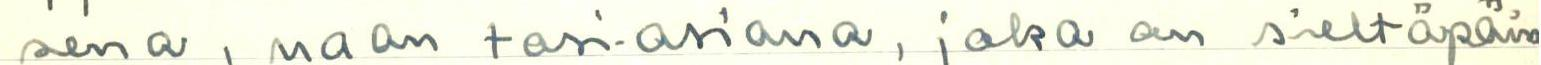
sena, vaan tosi-asiana, joka on sieltäpäin